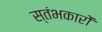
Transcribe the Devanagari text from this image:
स्‍तंभकारों